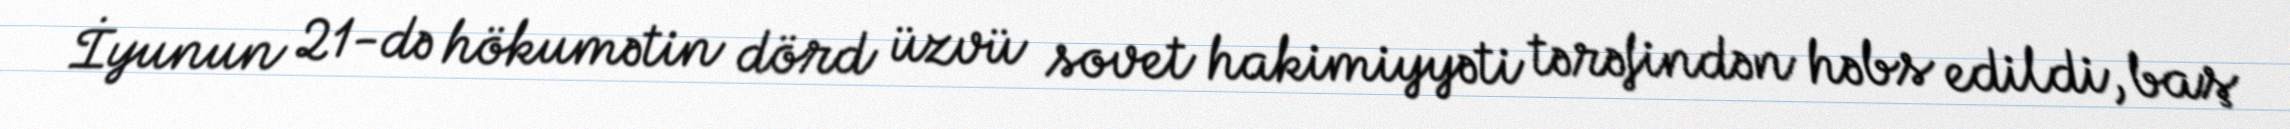
İyunun 21-də hökumətin dörd üzvü sovet hakimiyyəti tərəfindən həbs edildi, baş